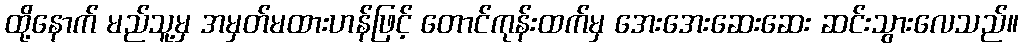
ထို့နောက် မည်သူ့မှ အမှတ်မထားဟန်ဖြင့် တောင်ကုန်းထက်မှ အေးအေးဆေးဆေး ဆင်းသွားလေသည်။